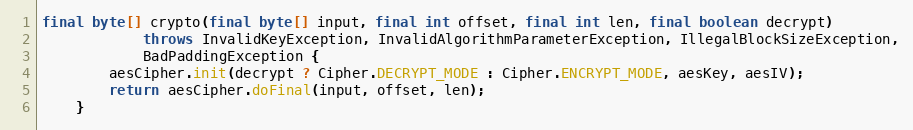
Language: Java
final byte[] crypto(final byte[] input, final int offset, final int len, final boolean decrypt)
			throws InvalidKeyException, InvalidAlgorithmParameterException, IllegalBlockSizeException,
			BadPaddingException {
		aesCipher.init(decrypt ? Cipher.DECRYPT_MODE : Cipher.ENCRYPT_MODE, aesKey, aesIV);
		return aesCipher.doFinal(input, offset, len);
	}